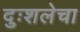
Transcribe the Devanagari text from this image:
दुःशलेचा